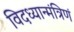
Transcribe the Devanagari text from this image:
विदध्यान्मंत्रिणं